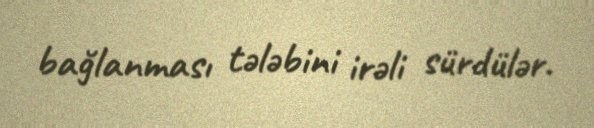
bağlanması tələbini irəli sürdülər.